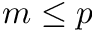
m \le p